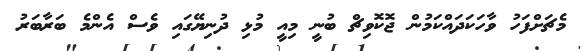
މެޗަށްފަހު ވާހަކަދައްކަމުން ޖޮކޮވިޗް ބުނީ މިއީ މުޅި ދުނިޔޭގައި ވެސް އެންމެ ބަރާބަރު